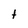
Character: t